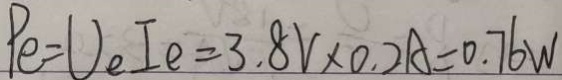
P e = U _ { e } I e = 3 . 8 V \times 0 . 2 A = 0 . 7 6 W